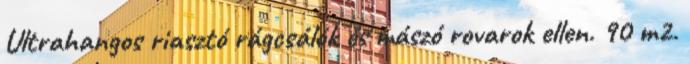
Ultrahangos riasztó rágcsálók és mászó rovarok ellen. 90 m2.